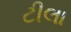
ટીલા